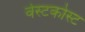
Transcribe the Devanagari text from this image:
वेस्टकोस्ट